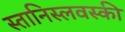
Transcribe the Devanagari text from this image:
स्तानिस्लवस्की